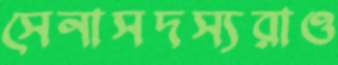
সেনাসদস্যরাও